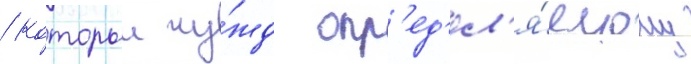
/ которыи чу́жд опр'ед'ел'я́емому